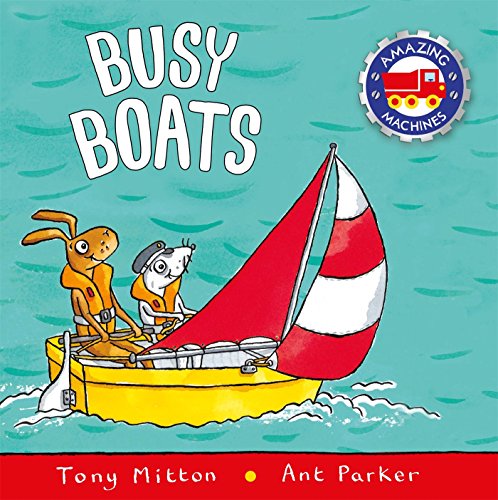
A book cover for Busy Boats (Amazing Machines); Tony Mitton; Children's Books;